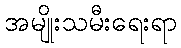
အမျိုးသမီးရေးရာ